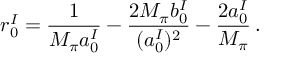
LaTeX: r _ { 0 } ^ { I } = \frac { 1 } { M _ { \pi } a _ { 0 } ^ { I } } - \frac { 2 M _ { \pi } b _ { 0 } ^ { I } } { ( a _ { 0 } ^ { I } ) ^ { 2 } } - \frac { 2 a _ { 0 } ^ { I } } { M _ { \pi } } \, .